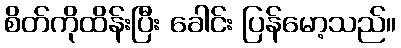
စိတ်ကိုထိန်းပြီး ခေါင်း ပြန်မော့သည်။